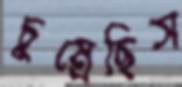
চুম্‌রেছিস